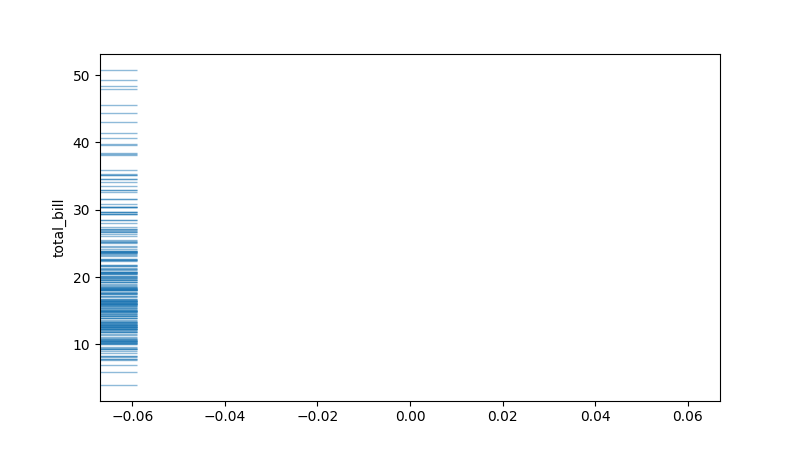
python, seaborn, rugplot, height=0.06, axis='y', alpha=0.5